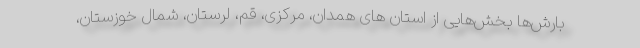
بارش‌ها بخش‌هایی از استان های همدان، مرکزی، قم، لرستان، شمال خوزستان،